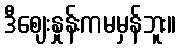
ဒီဈေးနှုန်းကမမှန်ဘူး။